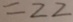
= 2 2